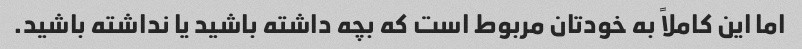
اما این کاملاً به خودتان مربوط است که بچه داشته باشید یا نداشته باشید.